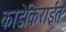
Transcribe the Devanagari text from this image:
काडेकिराईत